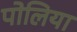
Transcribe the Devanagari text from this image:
पोलिया